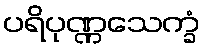
ပရိပုဏ္ဏသေက္ခံ